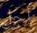
أجل